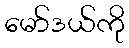
မော်ဒယ်ကို